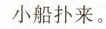
小船扑来。